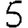
Digit: 5